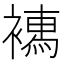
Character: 𧝄